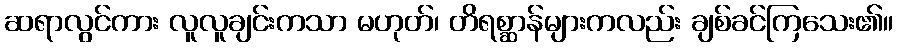
ဆရာလွင်ကား လူလူချင်းကသာ မဟုတ်၊ တိရစ္ဆာန်များကလည်း ချစ်ခင်ကြသေး၏။